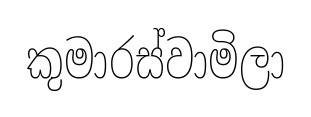
කුමාරස්වාමිලා